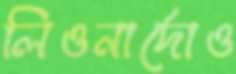
লিওনার্দোও